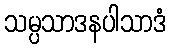
သမ္ပသာဒနပါသာဒံ